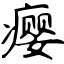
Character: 瘿